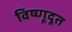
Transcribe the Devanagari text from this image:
विष्णूदूत